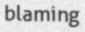
blaming